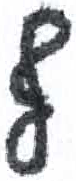
אות: ף